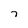
Character: 7